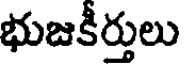
భుజకీర్తులు